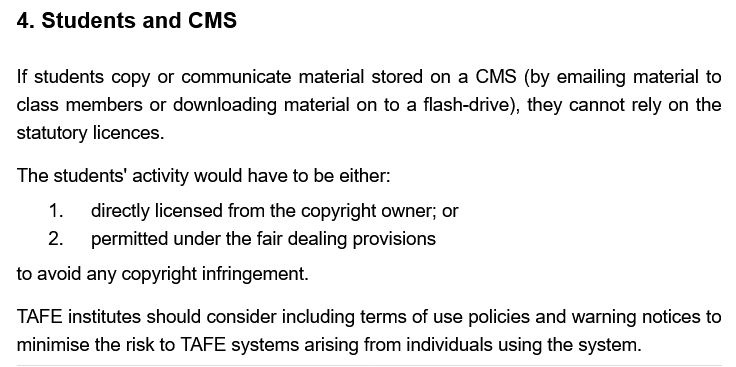
4. Students   and CMS
  TAFE institutes should consider including terms of use policies and warning notices to
  minimise the risk to TAFE systems arising from individuals using the system.
     2.  permitted under the fair dealing provisions
  The students' activity would have to be either:
  If students copy or communicate material stored on a CMS (by emailing material to
  class members or downloading material on to a flash-drive), they cannot rely on the
  statutory licences.
     directly licensed from the copyright owner; or
  to avoid any copyright infringement.